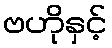
ဗဟိုနှင့်